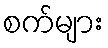
စက်များ